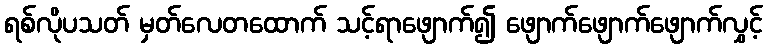
ရစ်လိုပသတ် မှတ်လေတထောက် သင့်ရာဖျောက်၍ ဖျောက်ဖျောက်ဖျောက်လွှင့်